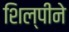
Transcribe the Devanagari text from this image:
शिल्पीने